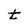
Character: t